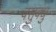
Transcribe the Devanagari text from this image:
वसुवंधु